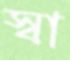
স্বা